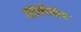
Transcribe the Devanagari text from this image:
माइक्रोस्केप